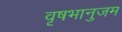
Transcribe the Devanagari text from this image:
वृषभानुजम